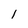
Character: 1